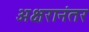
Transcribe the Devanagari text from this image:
अक्षरानंतर